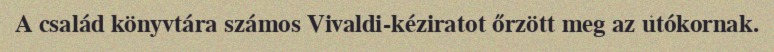
A család könyvtára számos Vivaldi-kéziratot őrzött meg az utókornak.